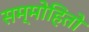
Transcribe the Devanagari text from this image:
सम्मोहितो